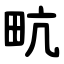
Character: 㽘